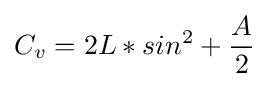
C_{v}=2L*sin^{2}+{\frac {A}{2}}